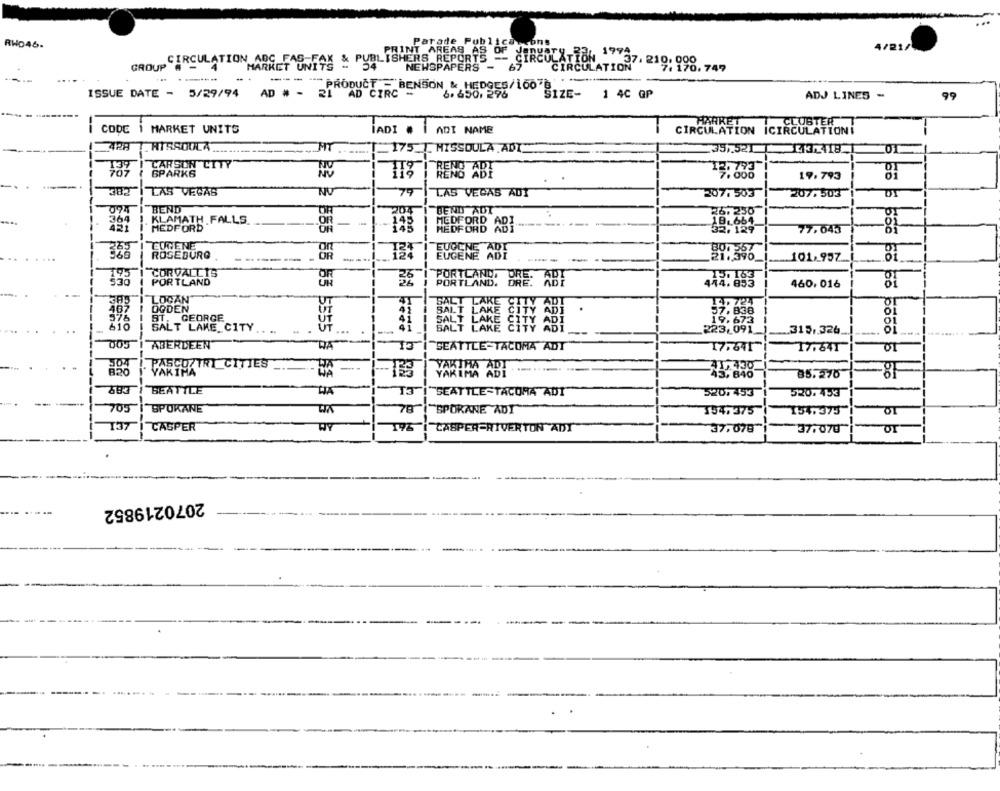
RHO46.
Parade Publica acons
4/21/
"MARKET UNIA" & PUBLISHERS REPORTS - CIRCULATION 19937
PRINT AREAS AS OF
CIRCULATION ADG FAS F
37. 210. 000
GROUP
NEWSPAPERS -
CIRCULATION
7.170.749
-- - "PRODUCT ="BENSON & HEDGES/100"""">
ISSUE DATE - 5/29/94 AD # - 21 AD CIRC -
6. 650. 276
SIZE-
1 4C GP
ADJ LINES -
99
HARKET
CLUSTER T
CODE 1 MARKET UNITS
IADI #
ADI NAME
CIRCULATION ICIRCULATION!
428 T_ HIRSOULA
--
MIT
175 1 MISSOULA ADI
$35 ,. 521 ]
01
1:39
CARSON CITY
707
SPARKS
RENO ABY
19.793
7.000
81
79
LAS VEGAS
NU
LAS VEGAS ADI
207.503
207.503
074
BEND
204
BEND ADT
364
. KLAMATH FALLS.
421
MEDFORD
OR
145
-- --
77.043
-81
265
EUGENE
ROSEBURG
......
OR
EUGENE ADT
101.95Z.
CORVALLIS
PORTLAND
PORTLAND
PORTLAND.
BRE: ABY
444,893
460, 016
LOCAN"
467
OGDEN
976
BT, GEORGE
UT
..
610
SALT LAKE CITY
UT
...
.315 ,. 326.
005
ABERDEEN
DA
SEATTLE-TACOMA ADT
17.641"
17.641|
304
PASCOZTRI CITIES
820
YAKIMA
KIHA
85.276
5 56
BEATTLE
T3
SEATTLE-TACOMA ADI
520,453
520. 453
705
SPOKANE
78
"SPOKANE ADI"
154.375
154,375
OT
137 | CASPER
BY
195
CASPER-RIVERTON ADY
37.078
37.070
5 6
2070219852